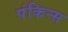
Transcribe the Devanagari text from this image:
पंकिन्स